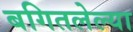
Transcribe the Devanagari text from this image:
बगितलेल्या